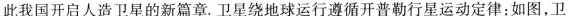
此我国开启人造卫星的新篇章。卫星绕地球运行遵循开普勒行星运动定律：如图，卫